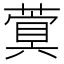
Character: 𮑐